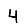
Digit: 4